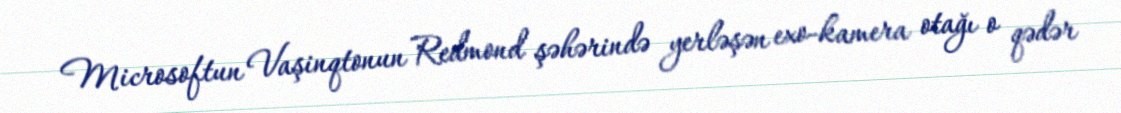
Microsoftun Vaşinqtonun Redmond şəhərində yerləşən exo-kamera otağı o qədər